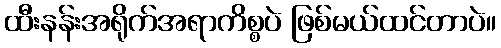
ထီးနန်းအရိုက်အရာကိစ္စပဲ ဖြစ်မယ်ထင်တာပဲ။